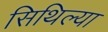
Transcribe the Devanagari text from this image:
सिथिल्या